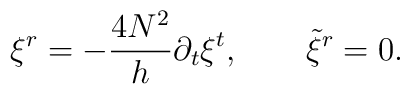
\xi^r = -{4 N^2\over h}\partial_t\xi^t , \qquad {\tilde\xi}^r = 0.